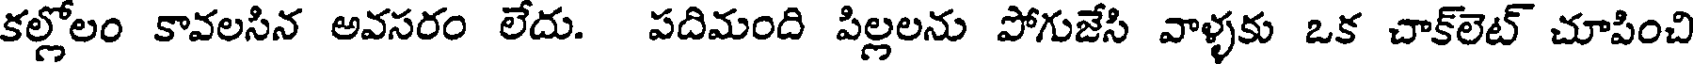
కల్లోలం కావలసిన అవసరం లేదు. పదిమంది పిల్లలను పోగుజేసి వాళ్ళకు ఒక చాక్లెట్ చూపించి